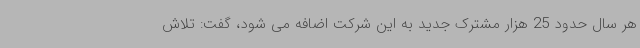
هر سال حدود 25 هزار مشترک جدید به این شرکت اضافه می شود، گفت: تلاش